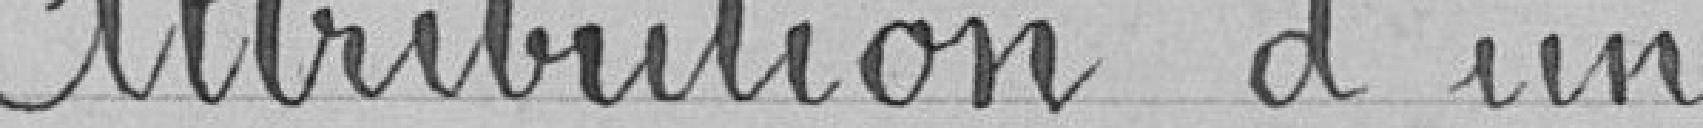
Attribution d'un